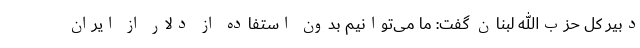
دبیر کل حزب‌الله لبنان گفت: ما می‌توانیم بدون استفاده از دلار از ایران